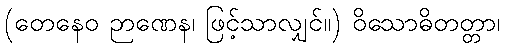
(တေနေဝ ဉာဏေန၊ ဖြင့်သာလျှင်။) ဝိသောဓိတတ္တာ၊